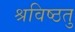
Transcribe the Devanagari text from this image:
श्रविष्ठतु